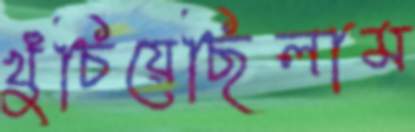
খুঁচিয়েছিলাম